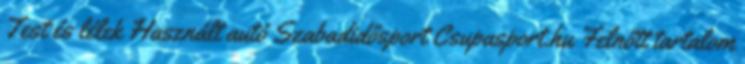
Test és lélek Használt autó Szabadidősport Csupasport.hu Felnőtt tartalom